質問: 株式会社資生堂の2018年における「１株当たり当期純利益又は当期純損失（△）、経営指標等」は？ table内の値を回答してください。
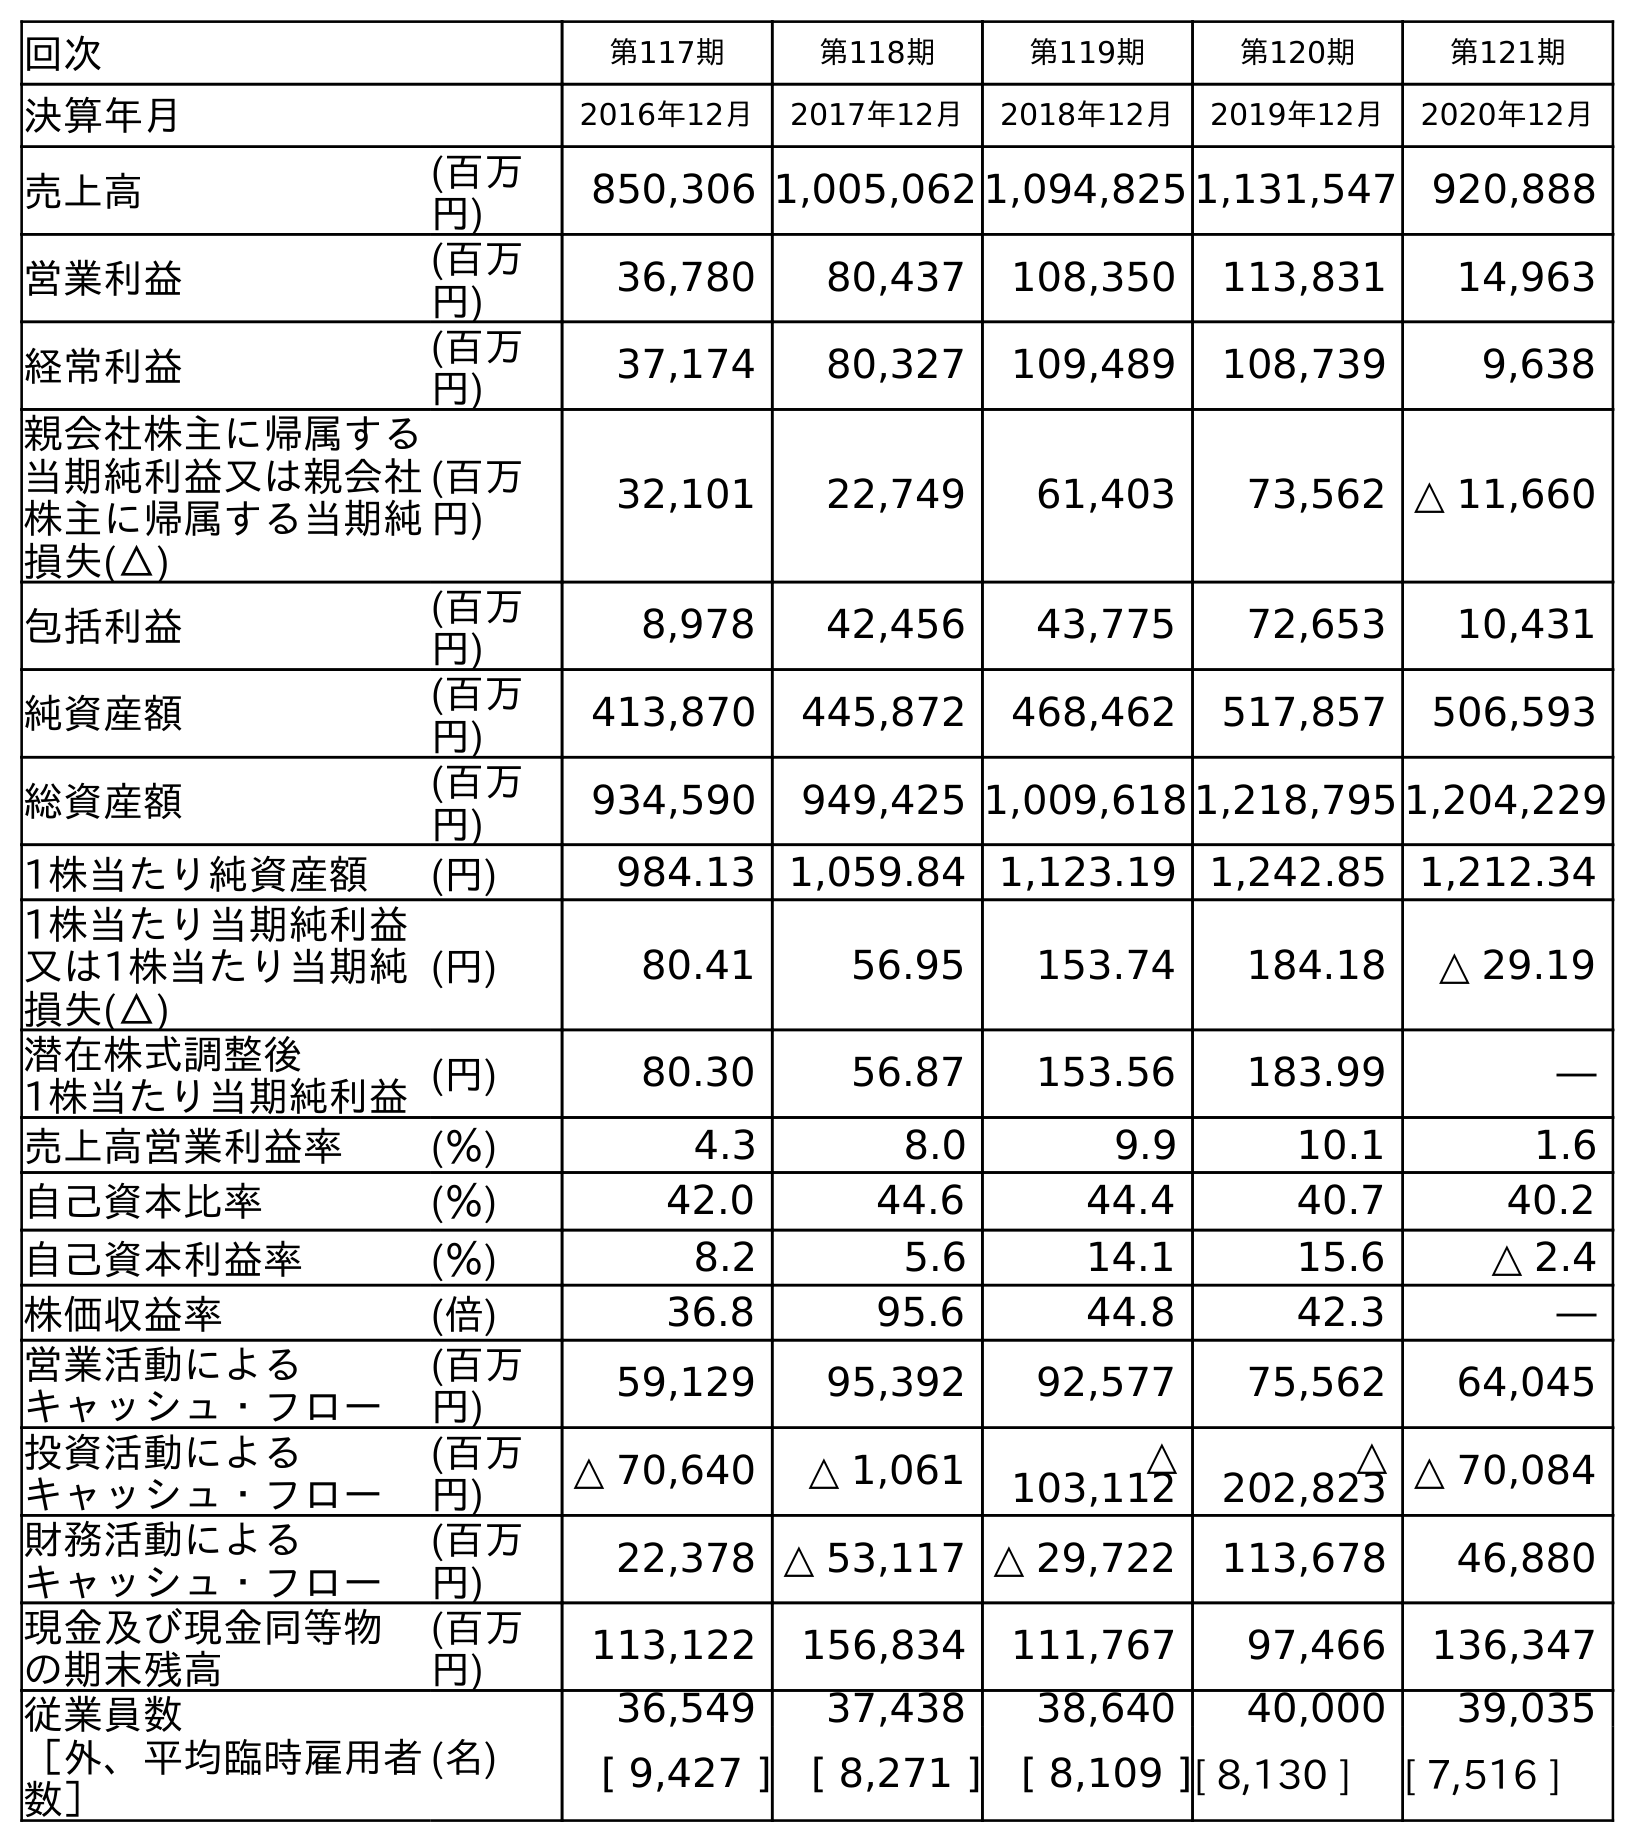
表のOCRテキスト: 回次 第117期 第118期 第119期 第120期 第121期 決算年月 2016年12月 2017年12月 2018年12月 2019年12月 2020年12月 売上高 (百万 円) 850,306 1,005,062 1,094,825 1,131,547 920,888 営業利益 (百万 円) 36,780 80,437 108,350 113,831 14,963 経常利益 (百万 円) 37,174 80,327 109,489 108,739 9,638 親会社株主に帰属する 当期純利益又は親会社 株主に帰属する当期純 損失(△) (百万 円) 32,101 22,749 61,403 73,562 △ 11,660 包括利益 (百万 円) 8,978 42,456 43,775 72,653 10,431 純資産額 (百万 円) 413,870 445,872 468,462 517,857 506,593 総資産額 (百万 円) 934,590 949,425 1,009,618 1,218,795 1,204,229 1株当たり純資産額 (円) 984.13 1,059.84 1,123.19 1,242.85 1,212.34 1株当たり当期純利益 又は1株当たり当期純 損失(△) (円) 80.41 56.95 153.74 184.18 △ 29.19 潜在株式調整後 1株当たり当期純利益(円) 80.30 56.87 153.56 183.99 ― 売上高営業利益率 (％) 4.3 8.0 9.9 10.1 1.6 自己資本比率 (％) 42.0 44.6 44.4 40.7 40.2 自己資本利益率 (％) 8.2 5.6 14.1 15.6 △ 2.4 株価収益率 (倍) 36.8 95.6 44.8 42.3 ― 営業活動による キャッシュ・フロー (百万 円) 59,129 95,392 92,577 75,562 64,045 投資活動による キャッシュ・フロー (百万 円) △ 70,640 △ 1,061 △ 103,112 △ 202,823 △ 70,084 財務活動による キャッシュ・フロー (百万 円) 22,378 △ 53,117 △ 29,722 113,678 46,880 現金及び現金同等物 の期末残高 (百万 円) 113,122 156,834 111,767 97,466 136,347 従業員数 ［外、平均臨時雇用者 数］ (名) 36,549 37,438 38,640 40,000 39,035 [ 9,427 ] [ 8,271 ] [ 8,109 ][ 8,130 ] [ 7,516 ]
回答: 153.74